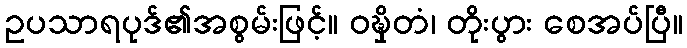
ဥပသာရပုဒ်၏အစွမ်းဖြင့်။ ဝဍ္ဎှိတံ၊ တိုးပွား စေအပ်ပြီ။